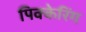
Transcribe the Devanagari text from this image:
पिक्केरिंग